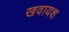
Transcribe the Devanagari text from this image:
खवायश